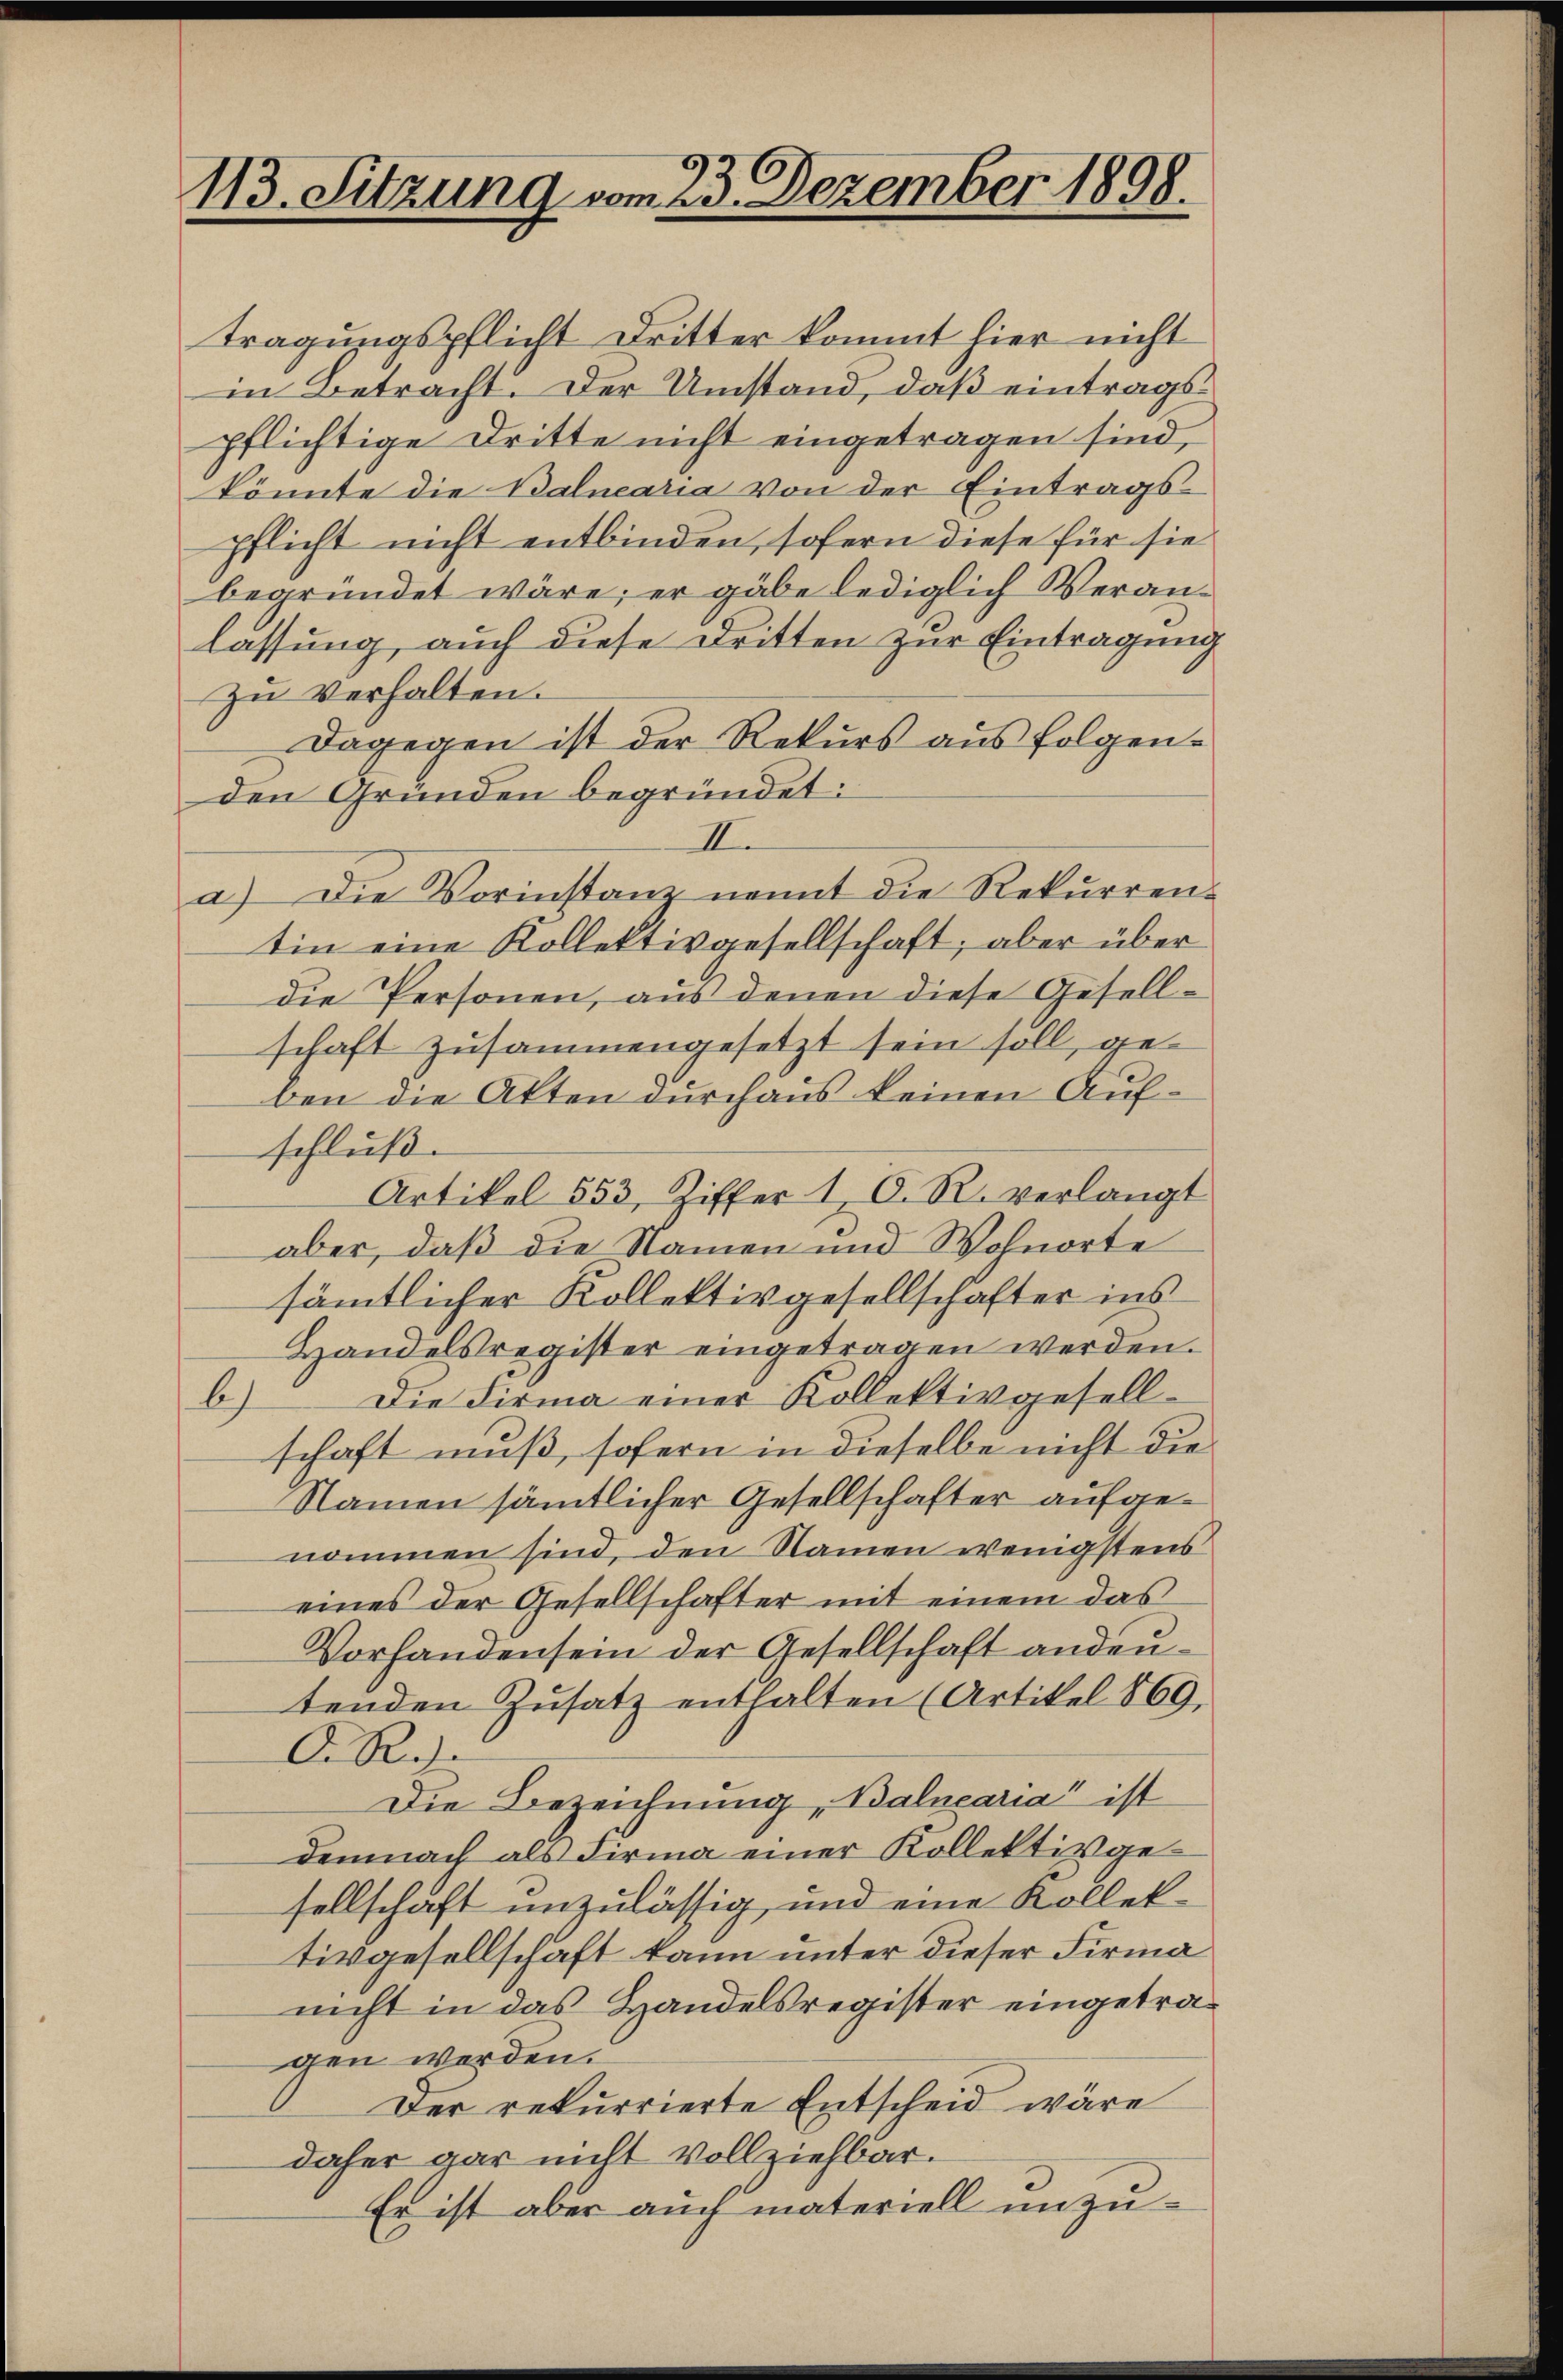
113. Sitzung vom 23. Dezember 1898.

tragungspflicht Dritter kommt hier nicht
in Betracht. Der Umstand, daß eintrags
pflichtige Dritte nicht eingetragen sind,
könnte die Balnearia von der Eintrags-
pflicht nicht entbinden, sofern diese für sie
begründet wäre; er gäbe lediglich Veranlassung, auch diese Dritten zur Eintragung
zu verhalten.
Dagegen ist der Rekurs aus folgenden Gründen begründet:
II.
a) Die Vorinstanz nennt die Rekŭrren-
tin eine Kollektivgesellschaft; aber über
die Personen, aus denen diese Gesellschaft zusammengesetzt sein soll, geben die Akten durchaus keinen Aufschluß.
Artikel 553, Ziffer 1, C. R. verlangt
aber, daß die Namen und Wohnorte
sämtlicher Kollektivgesellschafter ins
Handelsregister eingetragen werden.
b)
Die Firma einer Kollektivgesellschaft muß, sofern in dieselbe nicht die
Namen sämmtlicher Gesellschafter aufgenommen sind, den Namen wenigstens
eines der Gesellschafter mit einem das
Vorhanden sein der Gesellschaft andeutenden Zusatz enthalten (Artikel 869,
A.Rh.
Die Bezeichnung, Balnearia“ ist
demnach als Firma einer Kollektivgesellschaft unzulässig, und eine Kollek-
tivgesellschaft kann unter dieser Firmanicht in das Handelsregister eingetragen werden.
Der rekurrierte Entscheid wäre
daher gar nicht vollziehbar.
Er ist aber auch materiell unzu¬